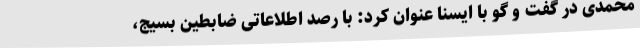
محمدی در گفت و گو با ایسنا عنوان کرد: با رصد اطلاعاتی ضابطین بسیج،